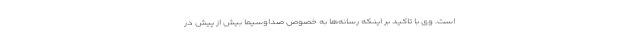
است. وی با تاکید بر اینکه رسانه‌ها به خصوص صداوسیما بیش از پیش در